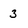
Character: 3